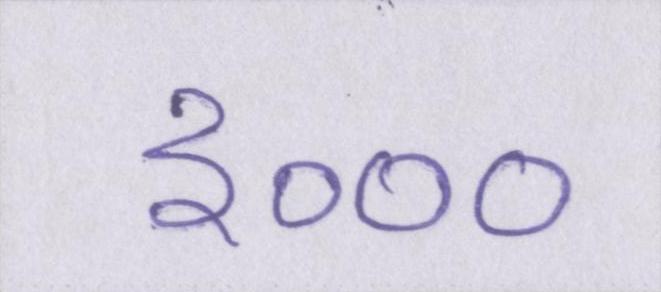
३०००